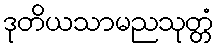
ဒုတိယသာမညသုတ္တံ